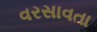
વરસાવતા